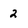
Character: 2